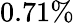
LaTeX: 0.71\%